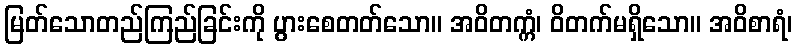
မြတ်သောတည်ကြည်ခြင်းကို ပွားစေတတ်သော။ အဝိတက္ကံ၊ ဝိတက်မရှိသော။ အဝိစာရံ၊